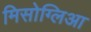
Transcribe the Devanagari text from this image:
मिसोग्लिआ